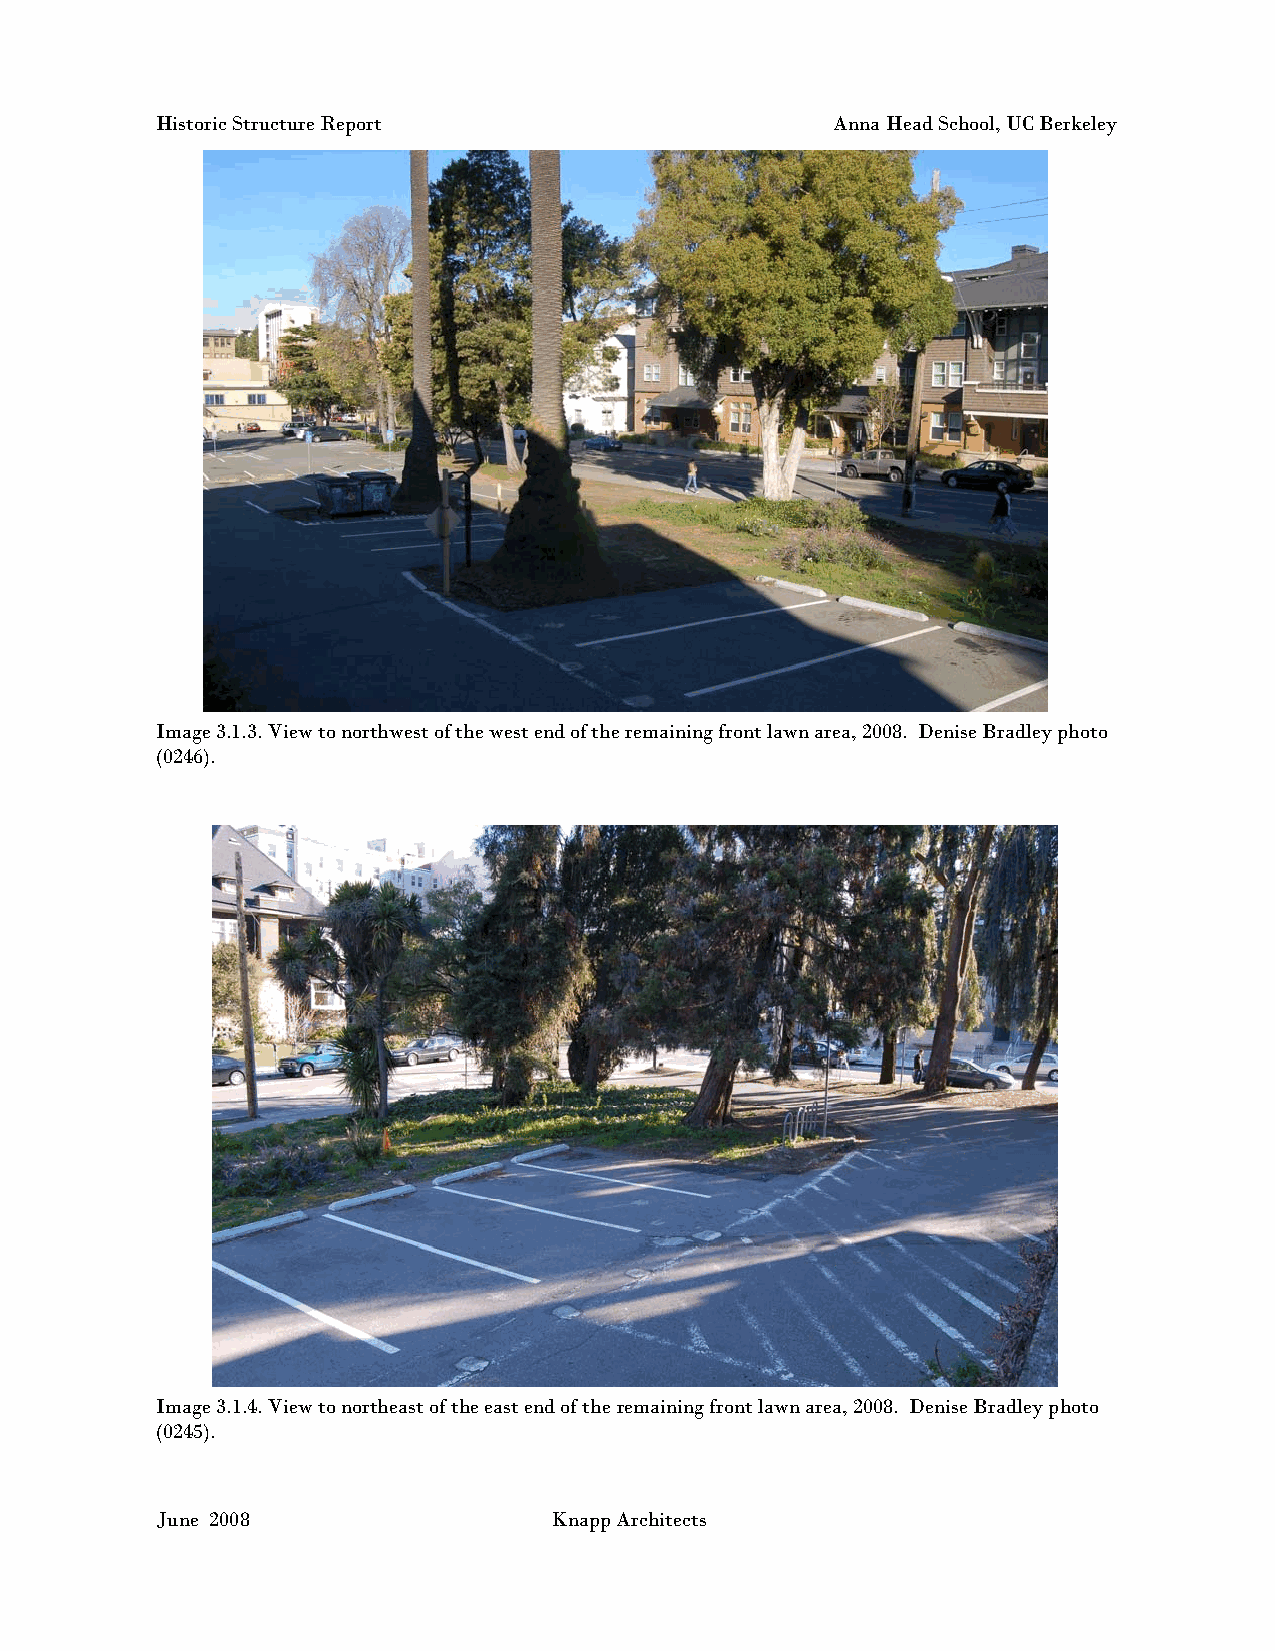
Historic Structure Report                    Anna Head School, UC Berkeley
 Image 3.1.3. View to northwest of the west end of the remaining front lawn area, 2008. Denise Bradley photo
 (0246).
 Image 3.1.4. View to northeast of the east end of the remaining front lawn area, 2008. Denise Bradley photo
 (0245).
 June 2008                 Knapp Architects